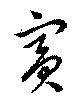
賓